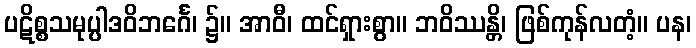
ပဋိစ္စသမုပ္ပါဒဝိဘင်္ဂေ၊ ၌။ အာဝီ၊ ထင်ရှားစွာ။ ဘဝိဿန္တိ၊ ဖြစ်ကုန်လတံ့။ ပန၊